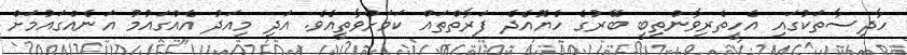
ހާދިސާތަކުގައި އެހީތެރިވާންތިބީ ބޭރުގެ ހެޔޮއެދެ ފަރާތްތައް ކަމަށްވާތީއެވެ. އަދި މިއަދު އެއްގައުމު އަނެއްގައުމަށް